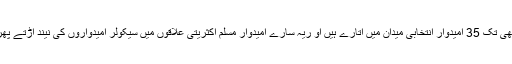
انھوںنے ابھی تک 35 امیدوار انتخابی میدان میں اتارے ہیں او ریہ سارے امیدوار مسلم اکثریتی علاقوں میں سیکولر امیدواروں کی نیند اڑتے پھر رہے ہیں۔